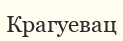
Крагуевац